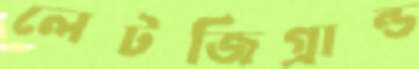
লেটজিগ্রান্ড